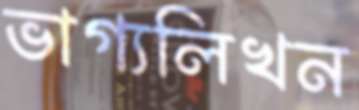
ভাগ্যলিখন